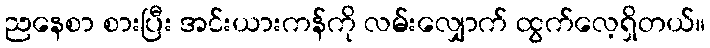
ညနေစာ စားပြီး အင်းယားကန်ကို လမ်းလျှောက် ထွက်လေ့ရှိတယ်။